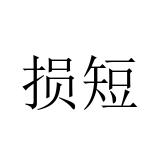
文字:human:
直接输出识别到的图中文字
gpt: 损短